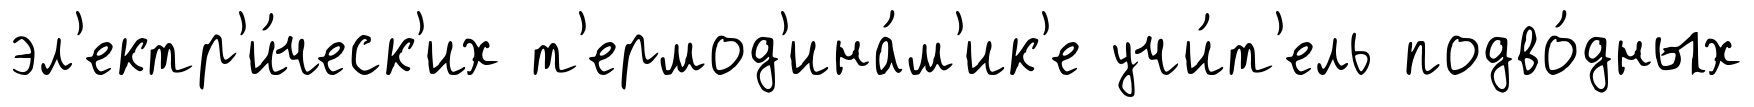
эл'ектр'и́ческ'их т'ермод'ина́м'ик'е учи́т'ель подво́дных